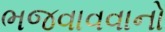
ભજવાવવાનો